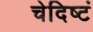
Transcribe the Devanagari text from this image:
चेदिष्टं